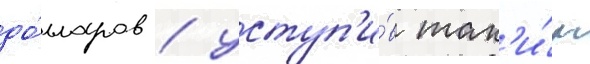
до́лларов / уступ'и́в так'и́м